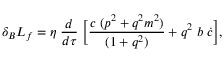
\delta _ { B } L _ { f } = \eta \; \frac { d } { d \tau } \; \Bigl [ \frac { c \; ( p ^ { 2 } + q ^ { 2 } m ^ { 2 } ) } { ( 1 + q ^ { 2 } ) } + q ^ { 2 } \; b \; \dot { c } \Bigr ] ,